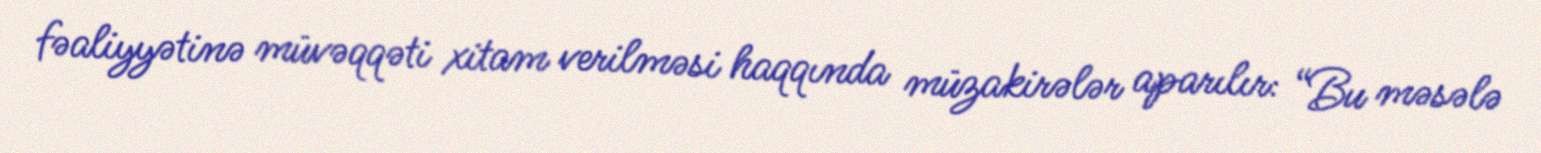
fəaliyyətinə müvəqqəti xitam verilməsi haqqında müzakirələr aparılır: “Bu məsələ